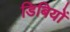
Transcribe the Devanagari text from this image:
डिबियों